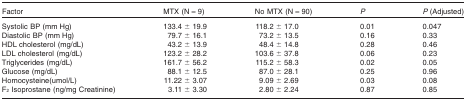
<table><thead><tr><td><b>Factor</b></td><td><b>MTX (N = 9)</b></td><td><b>No MTX (N = 90)</b></td><td><b><i>P</i></b></td><td><b><i>P</i>(Adjusted)</b></td></tr></thead><tbody><tr><td>Systolic BP (mm Hg)</td><td>133.4 ± 19.9</td><td>118.2 ± 17.0</td><td>0.01</td><td>0.047</td></tr><tr><td>Diastolic BP (mm Hg)</td><td>79.7 ± 16.1</td><td>73.2 ± 13.5</td><td>0.16</td><td>0.33</td></tr><tr><td>HDL cholesterol (mg/dL)</td><td>43.2 ± 13.9</td><td>48.4 ± 14.8</td><td>0.28</td><td>0.46</td></tr><tr><td>LDL cholesterol (mg/dL)</td><td>123.2 ± 28.2</td><td>103.6 ± 37.8</td><td>0.06</td><td>0.23</td></tr><tr><td>Triglycerides (mg/dL)</td><td>161.7 ± 56.2</td><td>115.2 ± 58.3</td><td>0.02</td><td>0.05</td></tr><tr><td>Glucose (mg/dL)</td><td>88.1 ± 12.5</td><td>87.0 ± 28.1</td><td>0.25</td><td>0.96</td></tr><tr><td>Homocysteine(umol/L)</td><td>11.22 ± 3.07</td><td>9.09 ± 2.69</td><td>0.03</td><td>0.08</td></tr><tr><td>F<sub>2</sub> Isoprostane (ng/mg Creatinine)</td><td>3.11 ± 3.30</td><td>2.80 ± 2.24</td><td>0.87</td><td>0.85</td></tr></tbody></table>